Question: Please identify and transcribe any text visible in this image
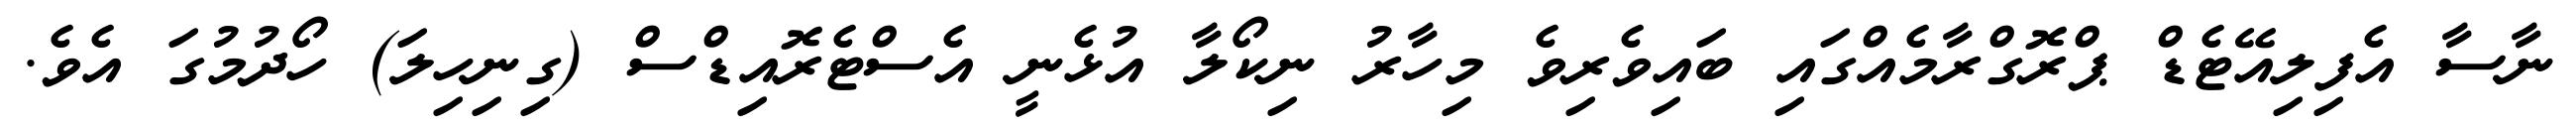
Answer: ނާސާ އެފިލިއޭޓެޑް ޕްރޮގްރާމެއްގައި ބައިވެރިވެ މިހާރު ނިކޯލާ އުޅެނީ އެސްޓެރޮއިޑްސް (ގިނިހިލަ) ހޯދުމުގަ އެވެ.